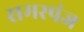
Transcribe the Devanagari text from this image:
समस्पंज